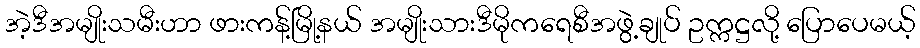
အဲ့ဒီအမျိုးသမီးဟာ ဖားကန့်မြို့နယ် အမျိုးသားဒီမိုကရေစီအဖွဲ့ချုပ် ဥက္ကဋ္ဌလို့ ပြောပေမယ့်